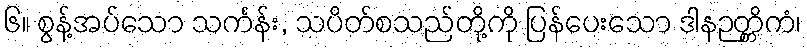
၆။ စွန့်အပ်သော သင်္ကန်း, သပိတ်စသည်တို့ကို ပြန်ပေးသော ဒါနဉတ္တိကံ၊